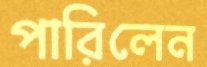
পারিলেন